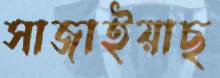
সাজাইয়াছ